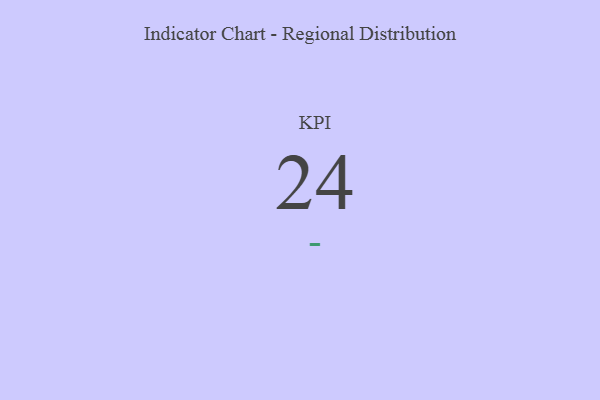
{"axis": {"x": "KPI", "y": "Value"}, "legend": [""], "data": [{"x": "KPI", "y": 24, "type": ""}]}